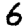
Digit: 6